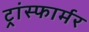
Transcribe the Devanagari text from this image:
ट्रांस्फार्मर